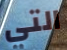
التي